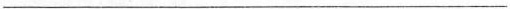
___